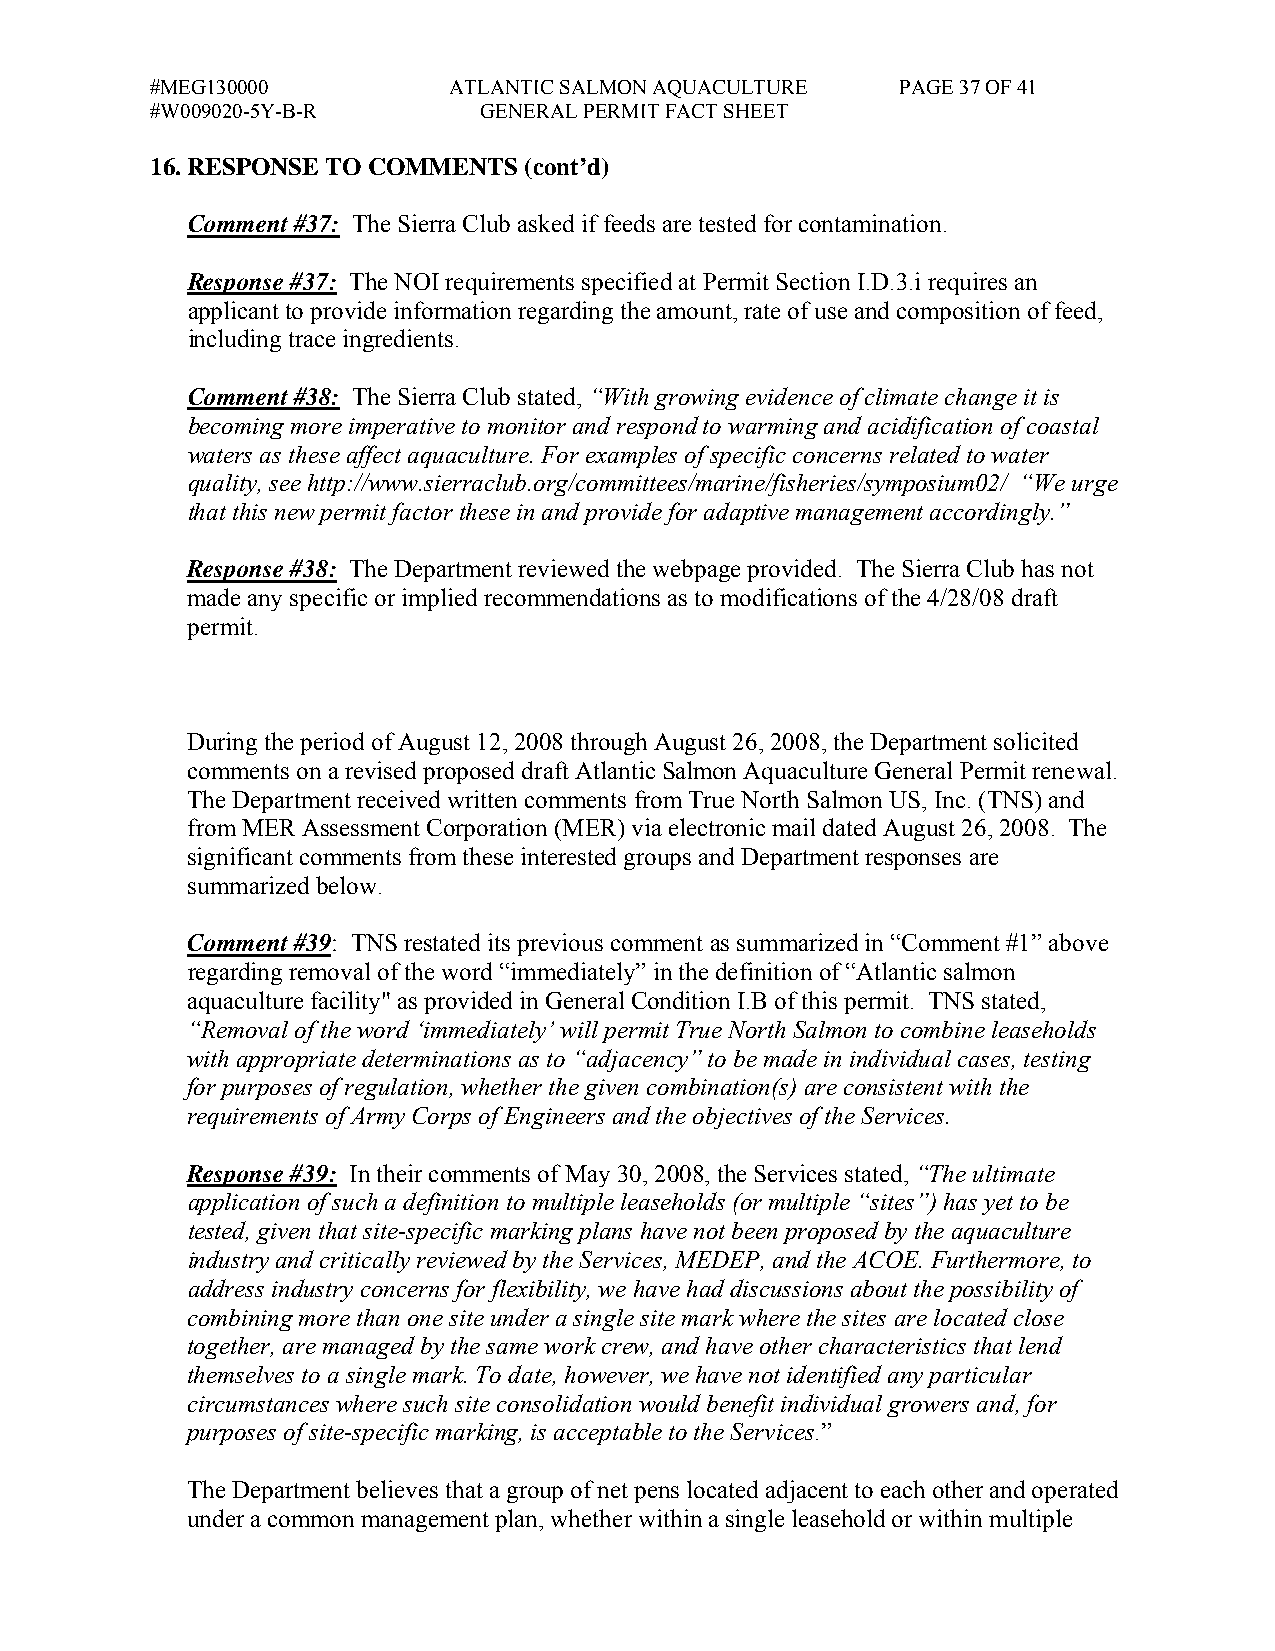
#MEG130000          ATLANTIC SALMON AQUACULTURE   PAGE 37 OF 41
 #W009020-5Y-B-R       GENERAL PERMIT FACT SHEET
 16. RESPONSE TO COMMENTS (cont’d)
 Comment #37: The Sierra Club asked if feeds are tested for contamination.
 Response #37: The NOI requirements specified at Permit Section I.D.3.i requires an
 applicant to provide information regarding the amount, rate of use and composition of feed,
 including trace ingredients.
 Comment #38: The Sierra Club stated, “With growing evidence of climate change it is
 becoming more imperative to monitor and respond to warming and acidification of coastal
 waters as these affect aquaculture. For examples of specific concerns related to water
 quality, see http://www.sierraclub.org/committees/marine/fisheries/symposium02/ “We urge
 that this new permit factor these in and provide for adaptive management accordingly.”
 Response #38: The Department reviewed the webpage provided. The Sierra Club has not
 made any specific or implied recommendations as to modifications of the 4/28/08 draft
 permit.
 During the period of August 12, 2008 through August 26, 2008, the Department solicited
 comments on a revised proposed draft Atlantic Salmon Aquaculture General Permit renewal.
 The Department received written comments from True North Salmon US, Inc. (TNS) and
 from MER Assessment Corporation (MER) via electronic mail dated August 26, 2008. The
 significant comments from these interested groups and Department responses are
 summarized below.
 Comment #39: TNS restated its previous comment as summarized in “Comment #1” above
 regarding removal of the word “immediately” in the definition of “Atlantic salmon
 aquaculture facility" as provided in General Condition I.B of this permit. TNS stated,
 “Removal of the word ‘immediately’ will permit True North Salmon to combine leaseholds
 with appropriate determinations as to “adjacency” to be made in individual cases, testing
 for purposes of regulation, whether the given combination(s) are consistent with the
 requirements of Army Corps of Engineers and the objectives of the Services.
 Response #39: In their comments of May 30, 2008, the Services stated, “The ultimate
 application of such a definition to multiple leaseholds (or multiple “sites”) has yet to be
 tested, given that site-specific marking plans have not been proposed by the aquaculture
 industry and critically reviewed by the Services, MEDEP, and the ACOE. Furthermore, to
 address industry concerns for flexibility, we have had discussions about the possibility of
 combining more than one site under a single site mark where the sites are located close
 together, are managed by the same work crew, and have other characteristics that lend
 themselves to a single mark. To date, however, we have not identified any particular
 circumstances where such site consolidation would benefit individual growers and, for
 purposes of site-specific marking, is acceptable to the Services.”
 The Department believes that a group of net pens located adjacent to each other and operated
 under a common management plan, whether within a single leasehold or within multiple